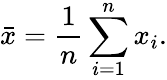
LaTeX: {\bar{x}}={\frac{1}{n}}\sum_{i=1}^{n}x_{i}.